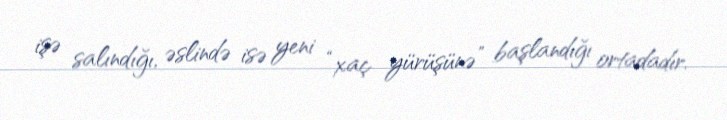
işə salındığı, əslində isə yeni “xaç yürüşünə” başlandığı ortadadır.